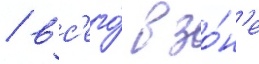
/ вс'его́ в зо́н'е